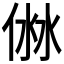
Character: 𠊥